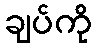
ချပ်ကို